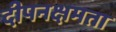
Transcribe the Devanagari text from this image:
दीपनक्षमता